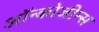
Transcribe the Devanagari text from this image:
ऑन्कोजीन्स